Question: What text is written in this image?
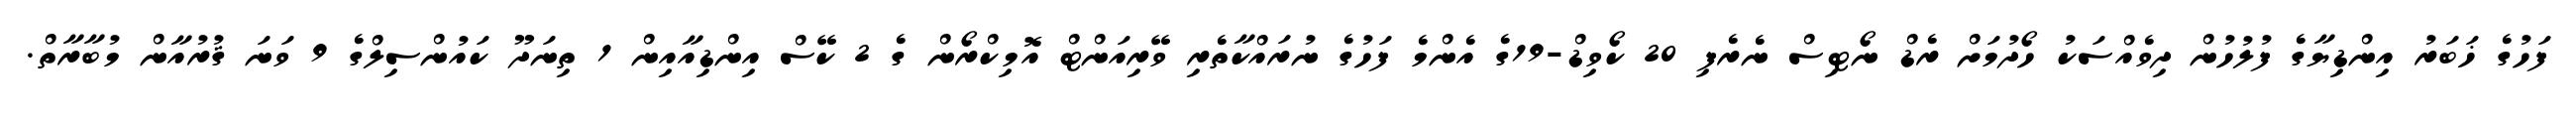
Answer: ފަހުގެ ޚަބަރު އިންޑިޔާގެ ފުލުހުން ދިވެއްސަކު ހޯދުމަށް ރެޑް ނޯޓިސް ނެރެފި 20 ކޯވިޑް-19ގެ އެންމެ ފަހުގެ ނުރައްކާތެރި ވޭރިއަންޓް އޮމިކްރޯން ގެ 2 ކޭސް އިންޑިއާއިން 1 ތިނަދޫ ކައުންސިލްގެ 9 ވަނަ ޤުރުއާން މުބާރާތް.